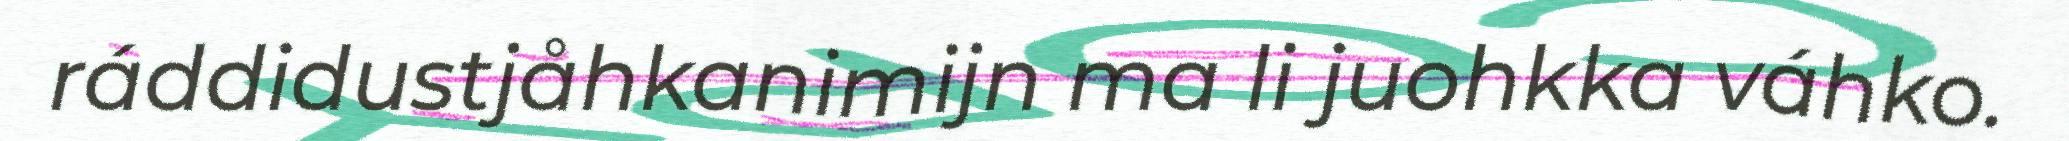
ráddidustjåhkanimijn ma li juohkka váhko.